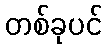
တစ်ခုပင်